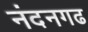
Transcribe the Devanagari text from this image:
नंदनगढ